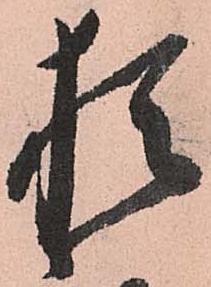
猶